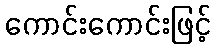
ကောင်းကောင်းဖြင့်